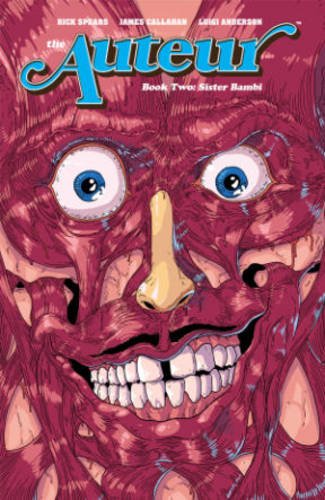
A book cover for The Auteur Volume 2 (Brides of Helheim); Cullen Bunn; Comics & Graphic Novels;